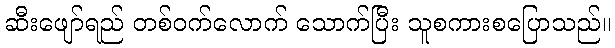
ဆီးဖျော်ရည် တစ်ဝက်လောက် သောက်ပြီး သူစကားစပြောသည်။